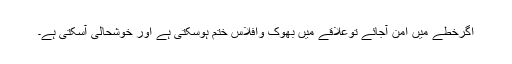
اگرخطے میں امن آجائے توعلاقے میں بھوک وافلاس ختم ہوسکتی ہے اور خوشحالی آسکتی ہے۔